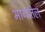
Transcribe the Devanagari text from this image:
भागातेल